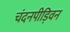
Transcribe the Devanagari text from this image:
चंदनपीड़िवन